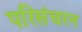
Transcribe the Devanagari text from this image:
परिसंचरन